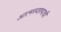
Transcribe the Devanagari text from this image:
आत्मस्वरुपाची